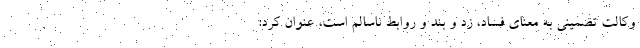
وکالت تضمینی به معنای فساد، زد و بند و روابط ناسالم است، عنوان کرد: